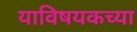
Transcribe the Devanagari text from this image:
याविषयकच्या